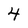
Character: 4